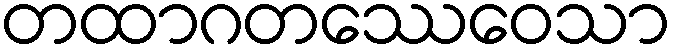
တထာဂတဿေဝေသာ